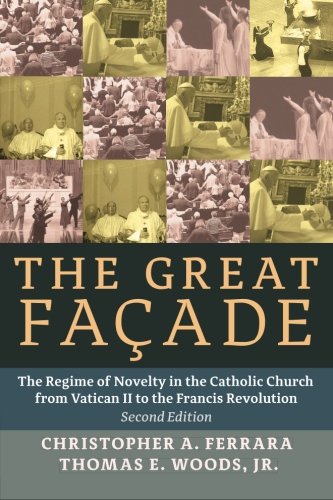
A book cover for The Great Facade: The Regime of Novelty in the Catholic Church from Vatican II to the Francis Revolution (Second Edition); Christopher A. Ferrara; Christian Books & Bibles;